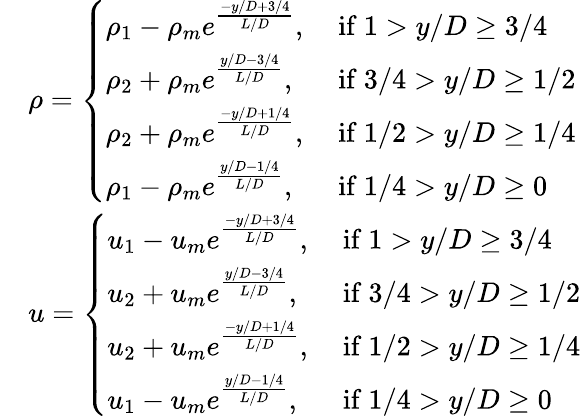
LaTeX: \begin{array}{rl}&{\rho=\left\{ \begin{array}{ll}{\rho_{1}-\rho_{m}e^{\frac{-y/D+3/4}{L/D}},}&{\mathrm{~if~}1>y/D\geq 3/4}\\ {\rho_{2}+\rho_{m}e^{\frac{y/D-3/4}{L/D}},}&{\mathrm{~if~}3/4>y/D\geq 1/2}\\ {\rho_{2}+\rho_{m}e^{\frac{-y/D+1/4}{L/D}},}&{\mathrm{~if~}1/2>y/D\geq 1/4}\\ {\rho_{1}-\rho_{m}e^{\frac{y/D-1/4}{L/D}},}&{\mathrm{~if~}1/4>y/D\geq 0}\end{array}\right.}\\ &{u=\left\{ \begin{array}{ll}{u_{1}-u_{m}e^{\frac{-y/D+3/4}{L/D}},}&{\mathrm{~if~}1>y/D\geq 3/4}\\ {u_{2}+u_{m}e^{\frac{y/D-3/4}{L/D}},}&{\mathrm{~if~}3/4>y/D\geq 1/2}\\ {u_{2}+u_{m}e^{\frac{-y/D+1/4}{L/D}},}&{\mathrm{~if~}1/2>y/D\geq 1/4}\\ {u_{1}-u_{m}e^{\frac{y/D-1/4}{L/D}},}&{\mathrm{~if~}1/4>y/D\geq 0}\end{array}\right.}\end{array}